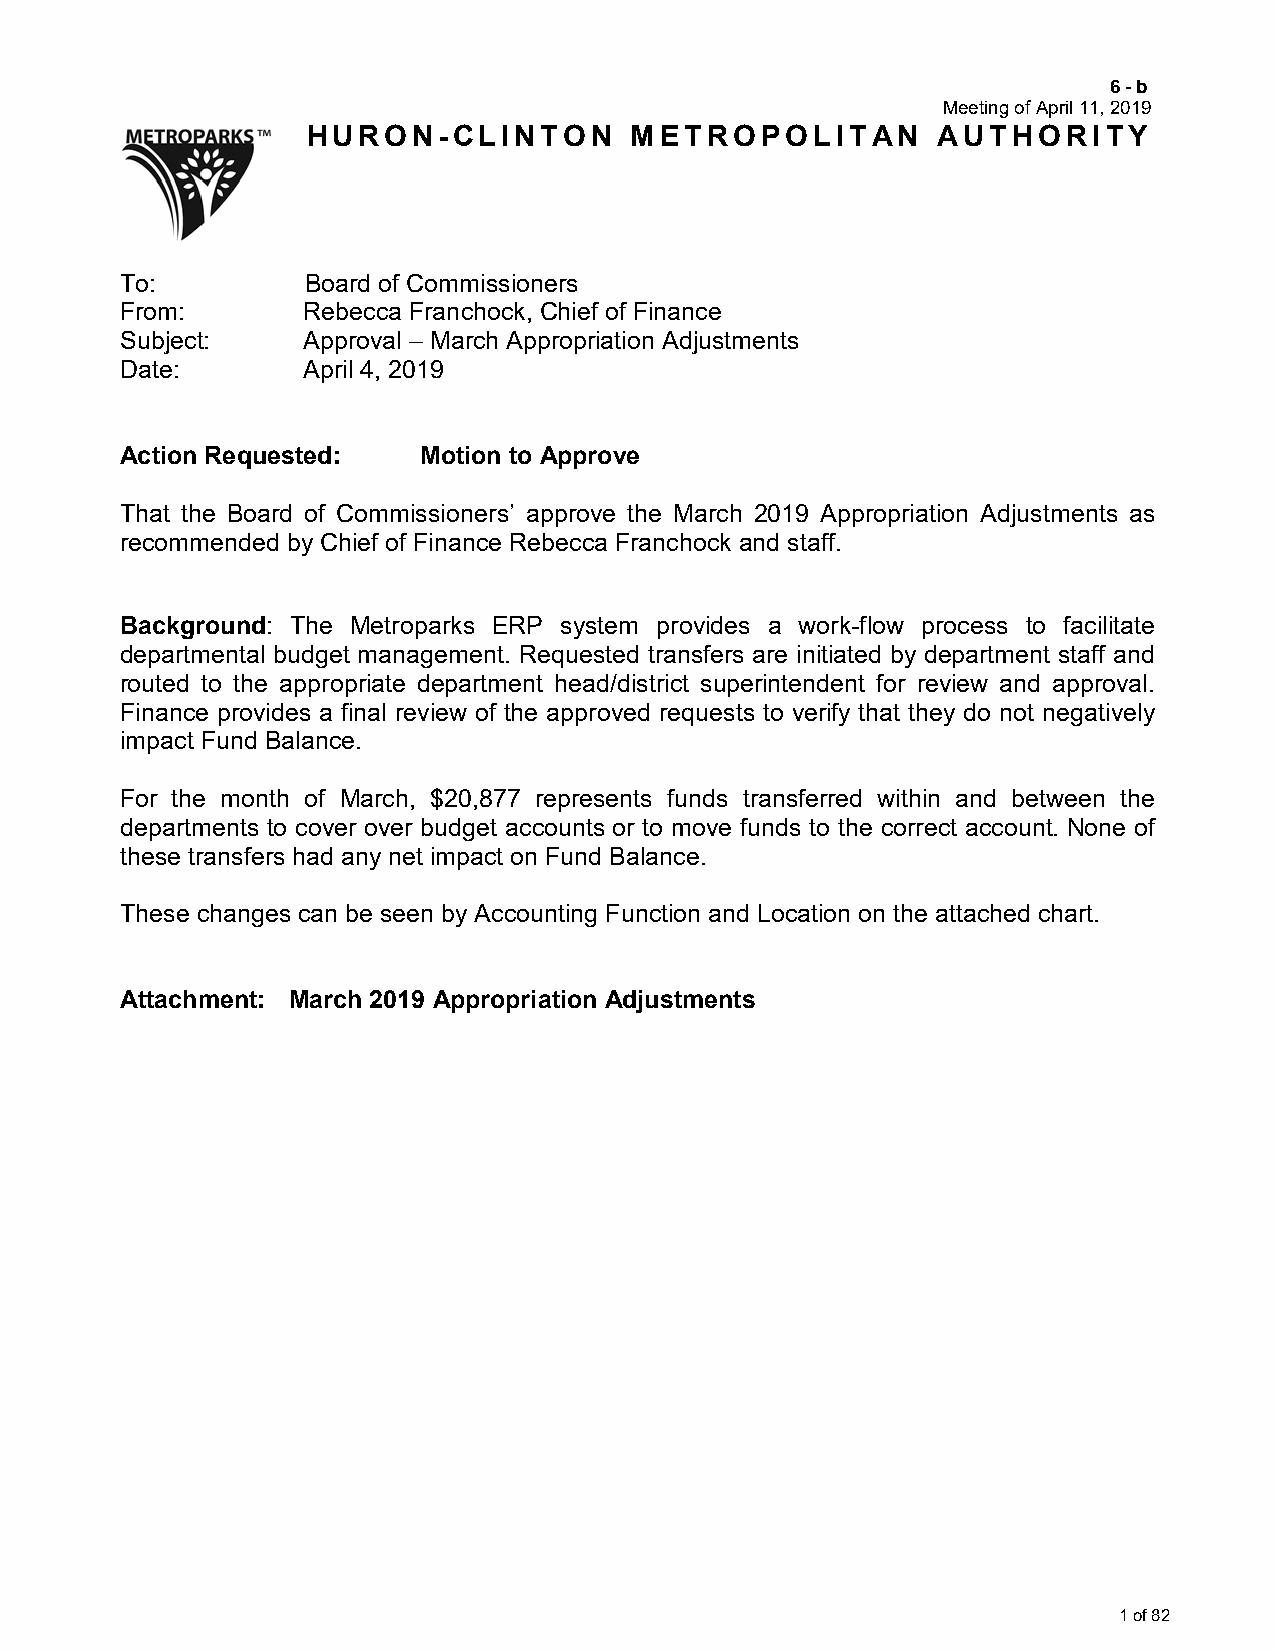
6-b
 Meeting of April 11, 2019
 HURON-CLINTON         METROPOLITAN        AUTHORITY
 To:         Board of Commissioners
 From:       Rebecca Franchock, Chief of Finance
 Subject:    Approval – March Appropriation Adjustments
 Date:       April 4, 2019
 Action Requested:   Motion to Approve
 That the Board of Commissioners’ approve the March 2019 Appropriation Adjustments as
 recommended by Chief of Finance Rebecca Franchock and staff.
 Background: The Metroparks ERP system provides a work-flow process to facilitate
 departmental budget management. Requested transfers are initiated by department staff and
 routed to the appropriate department head/district superintendent for review and approval.
 Finance provides a final review of the approved requests to verify that they do not negatively
 impact Fund Balance.
 For the month of March, $20,877 represents funds transferred within and between the
 departments to cover over budget accounts or to move funds to the correct account. None of
 these transfers had any net impact on Fund Balance.
 These changes can be seen by Accounting Function and Location on the attached chart.
 Attachment: March 2019 Appropriation Adjustments
 1 of 82